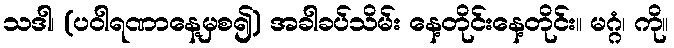
သဒါ၊ (ပဝါရဏာနေ့မှစ၍) အခါခပ်သိမ်း နေ့တိုင်းနေ့တိုင်း။ မဂ္ဂံ၊ ကို။